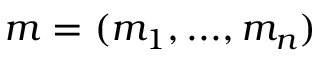
m = ( m _ { 1 } , . . . , m _ { n } )